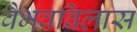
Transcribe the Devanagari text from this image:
वैभवविलास